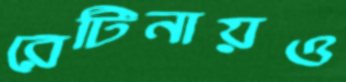
রেটিনায়ও